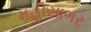
મહીસાગર